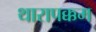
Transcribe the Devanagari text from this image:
थारापक्कम